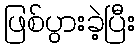
ဖြစ်ပွားခဲ့ပြီး